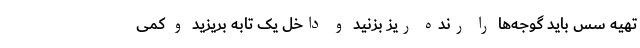
تهیه سس باید گوجه‌ها را رنده ریز بزنید و داخل یک تابه بریزید و کمی